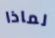
لماذا